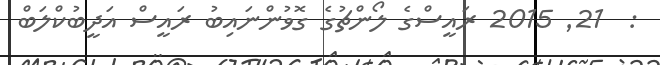
:  21